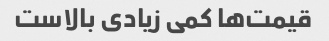
قیمت‌ها کمی زیادی بالاست